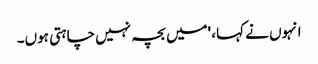
انہوں نے کہا، 'میں بچہ نہیں چاہتی ہوں۔